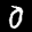
Label: 0